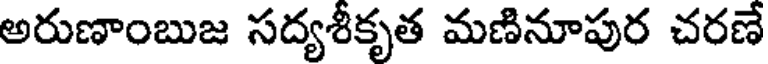
అరుణాంబుజ సద్యశీకృత మణినూపుర చరణే